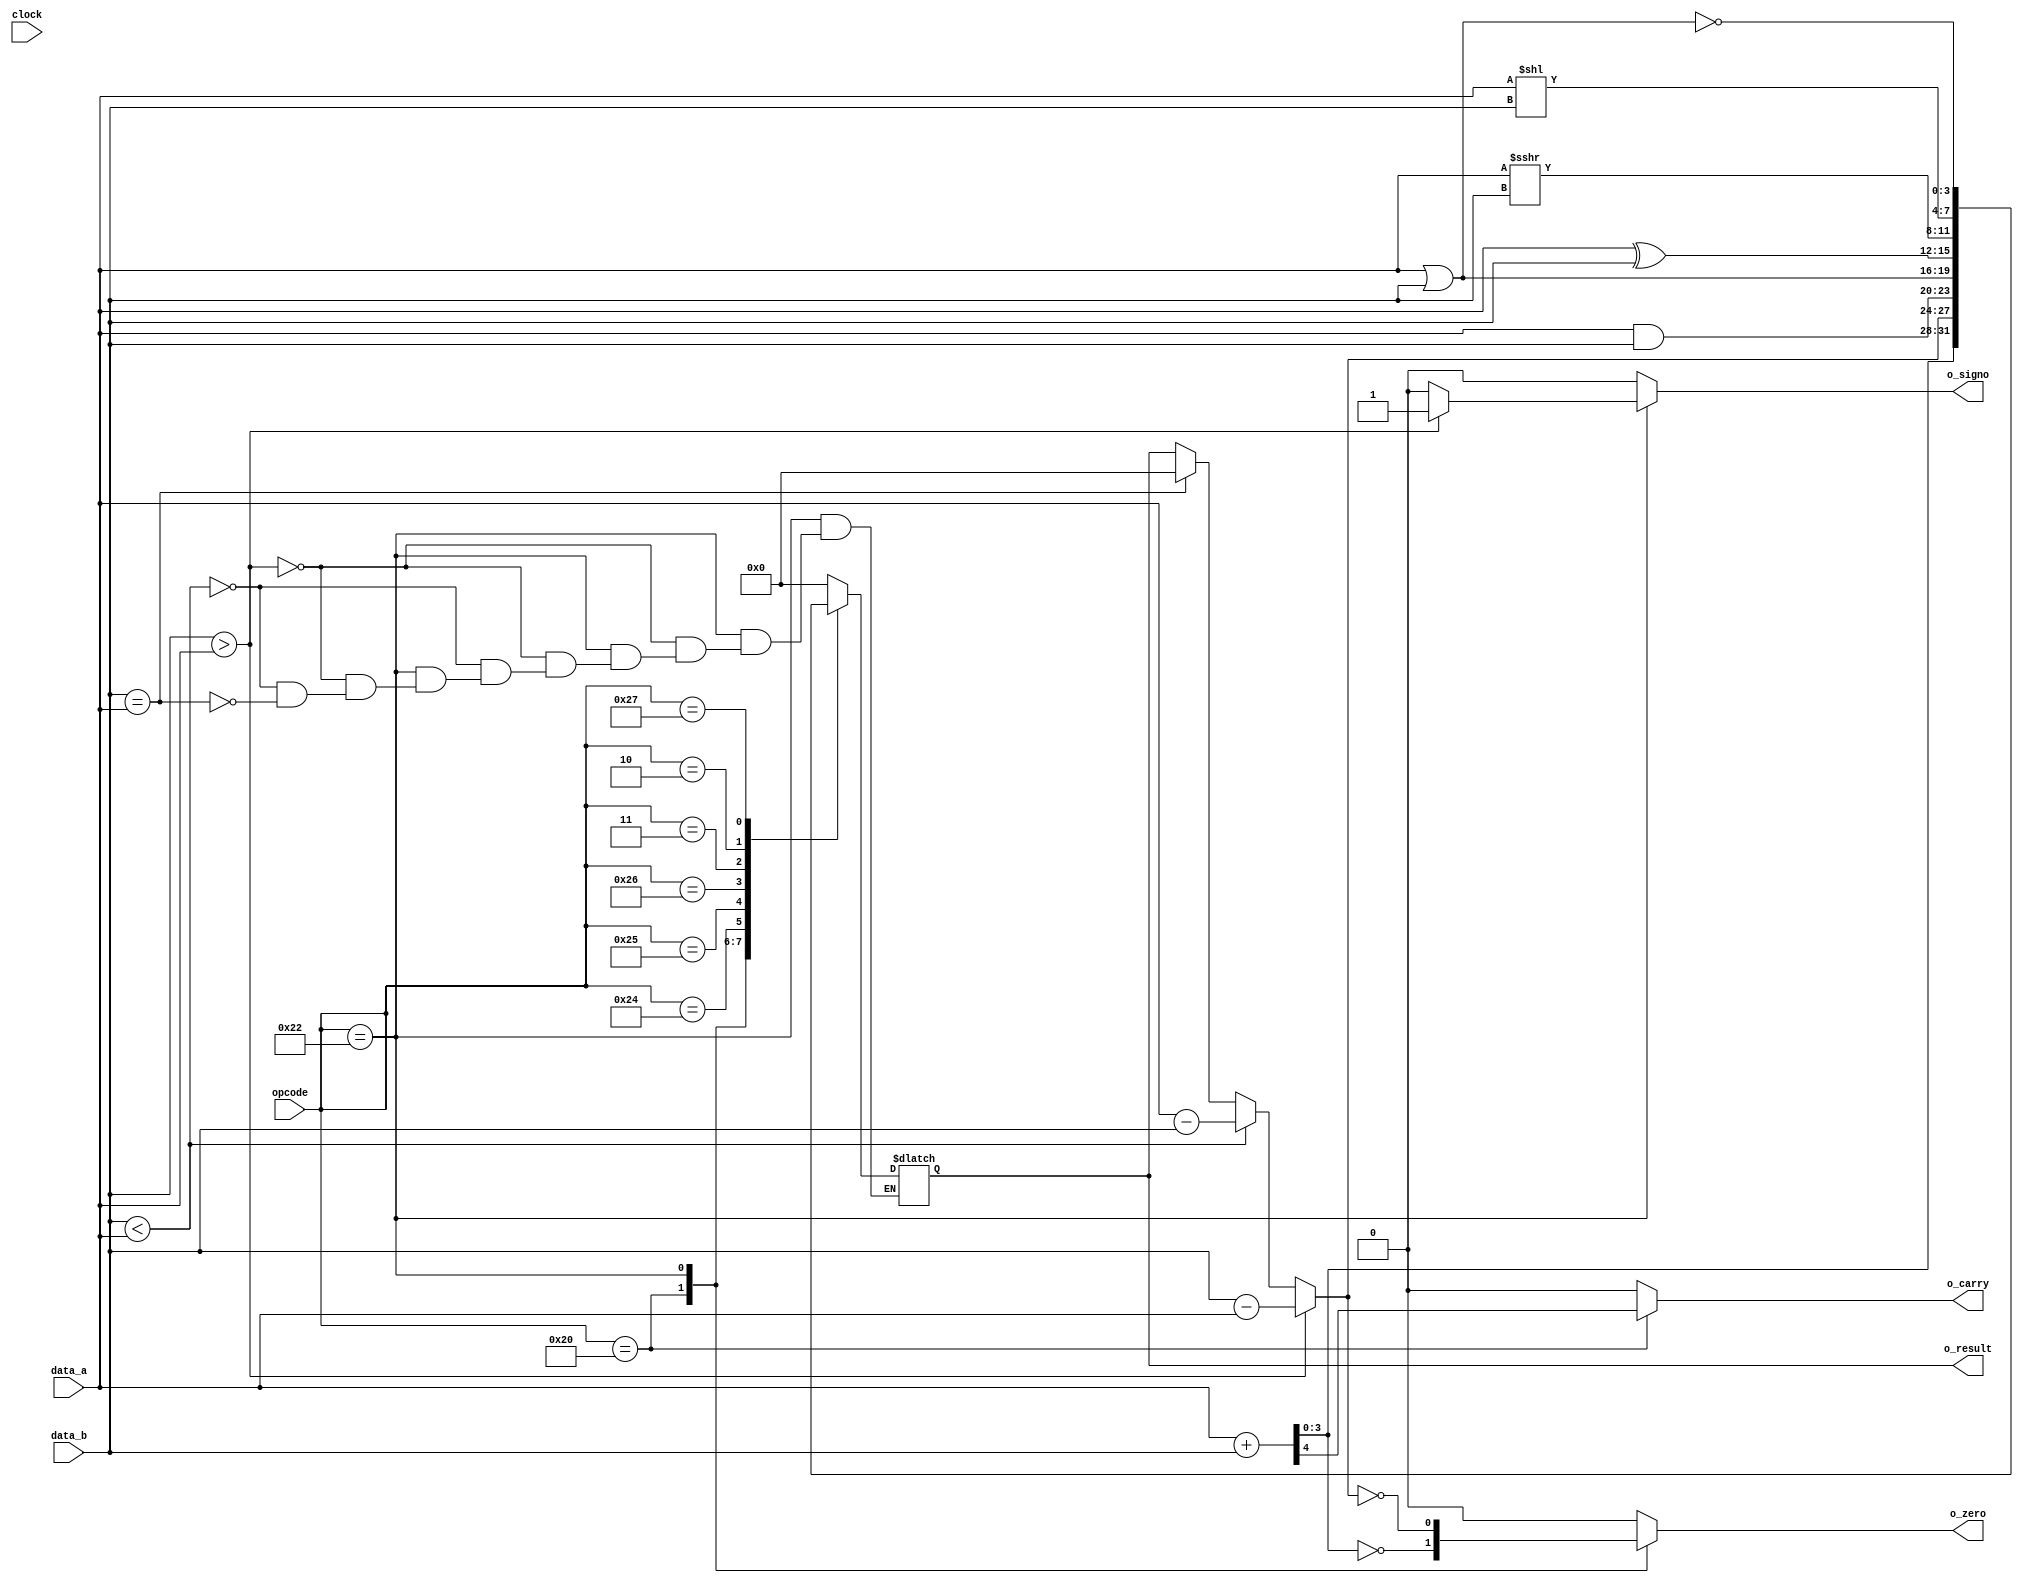
`timescale 1ns / 1ps
//////////////////////////////////////////////////////////////////////////////////
// Module Name: alu
// Project Name: TP1 ALU - Arquitectura de Computadoras
// Target Devices: Basys2/3
// Description: 
// Implementacion de una ALU basica con un testbench
// Revision 0.01 - File Created
//////////////////////////////////////////////////////////////////////////////////

module alu
    #(  parameter INPUT_SIZE = 4,
        parameter OUTPUT_SIZE = 4,
        parameter OPCODE_SIZE = 6    
     )
    (   
        input wire [INPUT_SIZE-1:0] data_a,
        input wire [INPUT_SIZE-1:0] data_b,
        input wire [OPCODE_SIZE-1:0] opcode,
        input wire clock,
        output wire [OUTPUT_SIZE-1:0] o_result,
        output wire o_carry,
        output wire o_zero,
        output wire o_signo
    );

//parmetros para facilitar la comprensin de los switch cases
localparam ADD = 6'b100000;
localparam SUB = 6'b100010;
localparam AND = 6'b100100;
localparam OR  = 6'b100101;
localparam XOR = 6'b100110;
localparam SRA = 6'b000011;
localparam SRL = 6'b000010;
localparam NOR = 6'b100111;

reg [OUTPUT_SIZE-1:0] result = {OUTPUT_SIZE{1'b0}};
reg [OUTPUT_SIZE:0] aux;
reg carry; //si no se define nada, es de 1 bit
reg zero;
reg signo;
 
always @(*) begin
//always @(data_a or data_b or opcode) begin   

    carry = 1'b0;
    zero = 1'b0;
    signo = 1'b0;
    
    case(opcode)
        ADD: begin
            aux = data_a + data_b;
            carry = aux[OUTPUT_SIZE];
            zero = (aux[OUTPUT_SIZE-1:0] == {OUTPUT_SIZE{1'b0}});
            result = aux[OUTPUT_SIZE-1:0];
            end
        SUB: begin
            if(data_b > data_a) begin
                signo = 1;
                result = data_b - data_a;
            end
            else if(data_b < data_a) begin
                signo = 1'b0;
                result = data_a - data_b;
            end
            else if(data_b == data_a) begin
                signo = 1'b0;
                result = {INPUT_SIZE{1'b0}};
            end
            zero = (result == 5'b0);
            result = result[OUTPUT_SIZE-1:0];
            end
        AND: begin
            result = data_a & data_b;
            end
        OR: begin
            result = data_a | data_b;
            end
        XOR: begin
            result = data_a ^ data_b;
            end
        SRA: begin
            result = data_a >>> data_b;
            end
        SRL: begin
            result = data_a << data_b;
            end
        NOR: begin
            result =~(data_a | data_b);
            end
        default: begin
            result = {INPUT_SIZE{1'b0}};
            carry = 1'b0;
            zero = 1'b0;
            signo = 1'b0;
            end
    endcase
end
    assign o_result = result;
    assign o_carry = carry;
    assign o_zero = zero;
    assign o_signo = signo;
endmodule